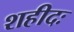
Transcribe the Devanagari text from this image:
शहीदः